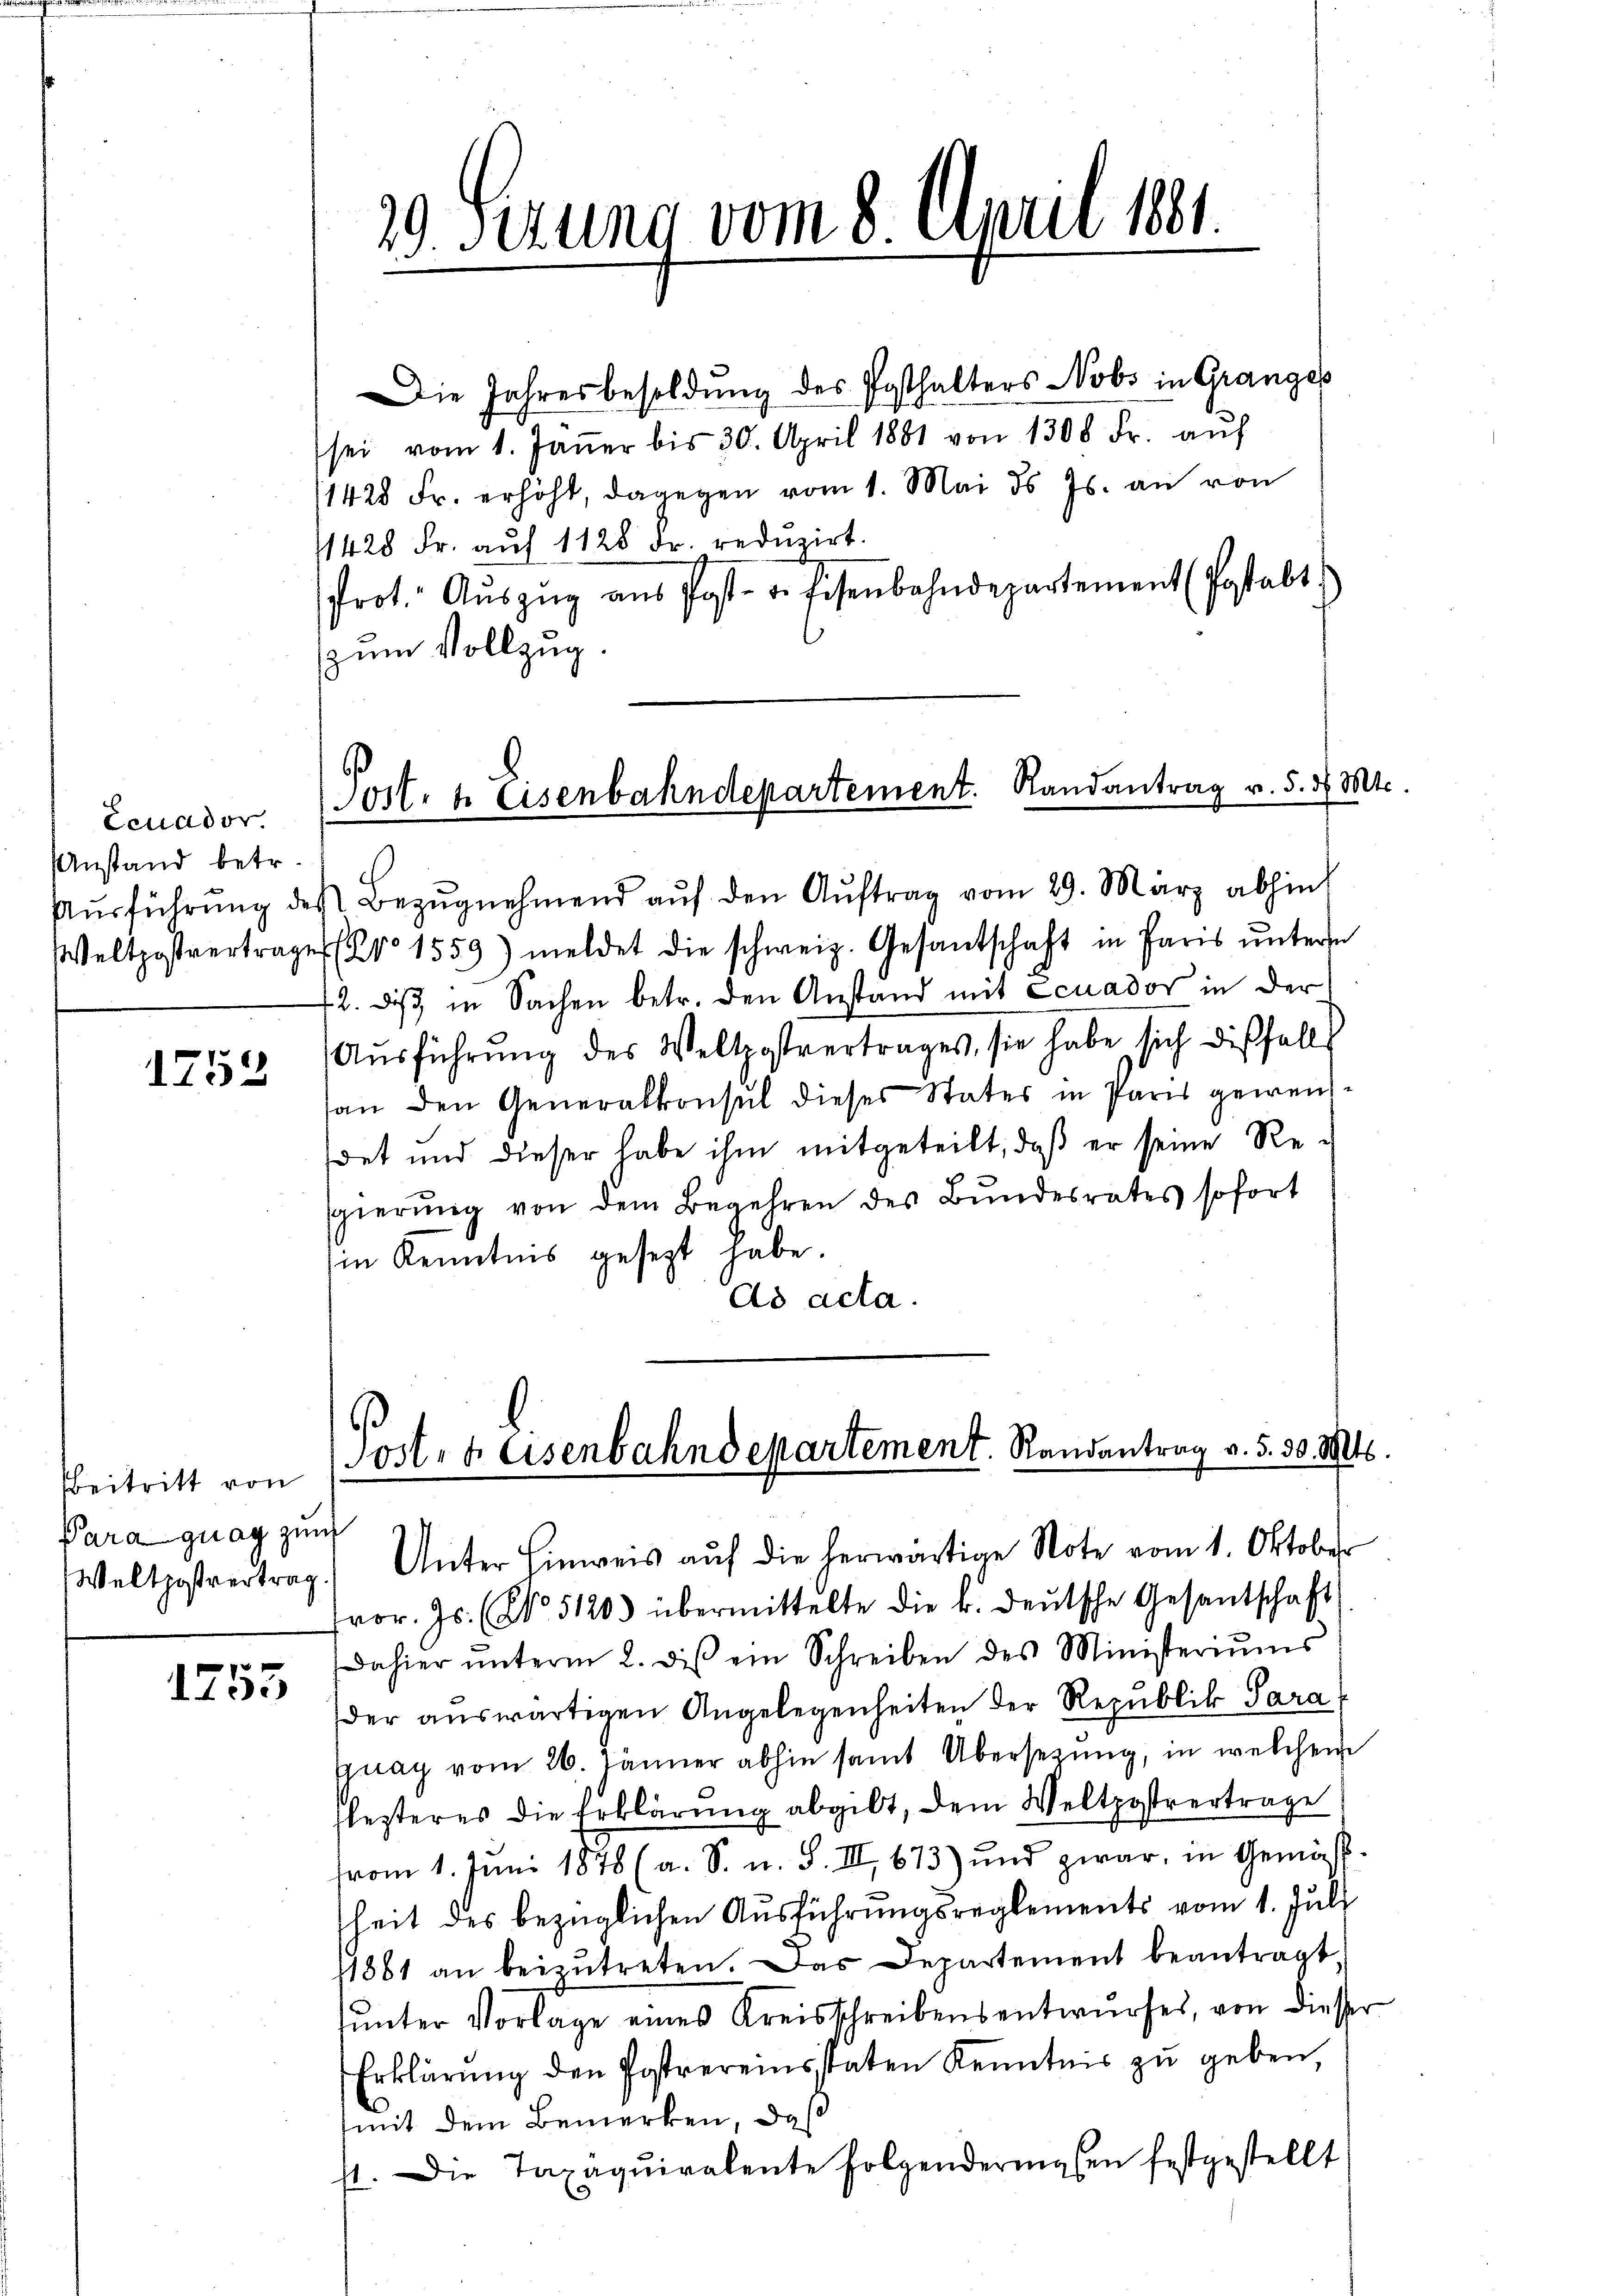
Ecuador
Anstand betr.

1252

beitritt von
Paraguag zum
Weltpostvertrag.

1755

19. Sezung vom 8. April 1881.

Die Jahresbesoldung des Posthalters Nobs in Granges
sei vom 1. Jäṅer bis 30. April 1881 von 1308 Fr. aŭf
11428 Fr. erhöht, dagegen vom 1. Mai d. Js. an von
11428 Fr. aŭf 1128 Fr. redŭzirt.
rot. Aŭszŭg aŭs Post- u. Eisenbahndepartement (Postabt.
zum Vollzug.

Post. u. Eisenbahndepartement. Randantrag v. 5. d. Mts.

Aŭsführŭng des Bezŭgnehmend aŭf den Aŭftrag vom 29. März abhin
Weltpostvertrage 1559) meldet die schweiz. Gesantschaft in Paris ŭntern
42. Dies in Sachen betr. den Anstand mit Ecuados in der
Ausführung des Weltpostvertrages, sie habe sich dießfalls
an den Generalkonsul dieses States in Paris gewenddet und dieser habe ihm mitgeteilt, daß er seine Re-
sgierŭng von dem Begehren des Bundesrates sofort
in Kenntnis gesezt habe.
ad acta.

Prit. f. Eisenbahndepartement. Randantrag v. 5. 30. Mts.
Unter Hinweis aŭf die herwärtige Note vom 1. Oktober

vor. Js. (No. 5120) übermittelte die k. deŭtsche Gesantschaft
dahier ŭnterm 2. dis ein Schreiben des Ministeriŭms
der auswärtigen Angelegenheiten der Republik Sara
guay vom 26. Jänner abhin samt Übersetzŭng, in welchem
lezteres die Erklärung abgibt, dem Weltpostvertrage
vom 1. Juni 1878 (a. S. u. S. III 673) und zwar, in Gemäss
heit des bezüglichen Ausführungsreglements vom 1. Juli
1881 an beizŭtreten. Das Departement beantragt,
ŭnter Vorlage eines Kreisschreibensentwŭrfes, von diesser
Erklärŭng den Postvereinsstaten Kenntnis zu geben,
(mit dem Bemerken, das
st. Die Taxäquiralente folgenderingen festgestellt